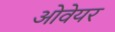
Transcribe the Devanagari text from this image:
ओवेयर